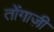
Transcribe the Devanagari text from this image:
तोंगाज़ी